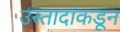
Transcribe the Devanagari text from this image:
उस्तादांकडून